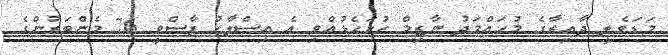
މަޑަވެލީ ދާއިރާގެ މުހައްމަދު ނާޒިމް ހުށަހެޅުއްވި އެ އިސްލާހު ފާސްވީ 76 މެންބަރުންގެ